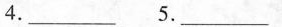
4.___ 5.___